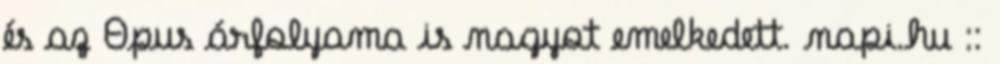
és az Opus árfolyama is nagyot emelkedett. napi.hu ::